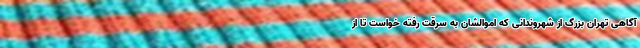
آگاهی تهران بزرگ از شهروندانی که اموالشان به سرقت رفته خواست تا از